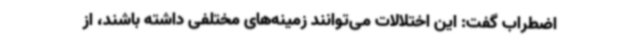
اضطراب گفت: این اختلالات می‌توانند زمینه‌های مختلفی داشته باشند، از